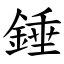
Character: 錘